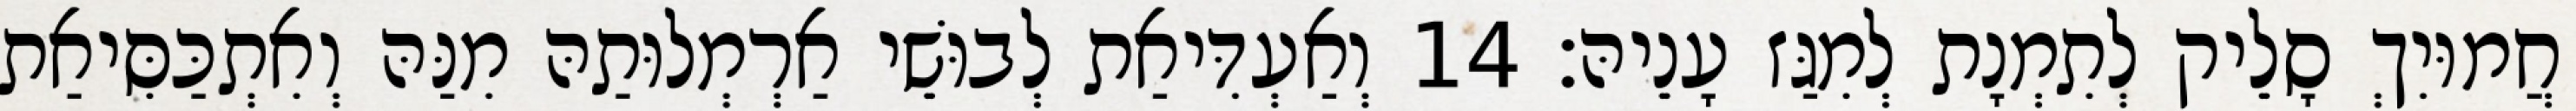
חֲמוּיִךְ סָלֵיק לְתִמְנָת לְמִגַּז עָנֵיהּ׃ 14 וְאַעְדִּיאַת לְבוּשֵׁי אַרְמְלוּתַהּ מִנַּהּ וְאִתְכַּסִּיאַת